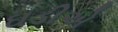
ઘડીએ